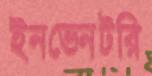
ইনভেনটরি